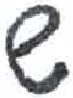
אות: ש